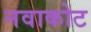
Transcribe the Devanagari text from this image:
नवाकोट